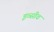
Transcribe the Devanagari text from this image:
इव्सीव